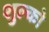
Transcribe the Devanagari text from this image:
शुल्को